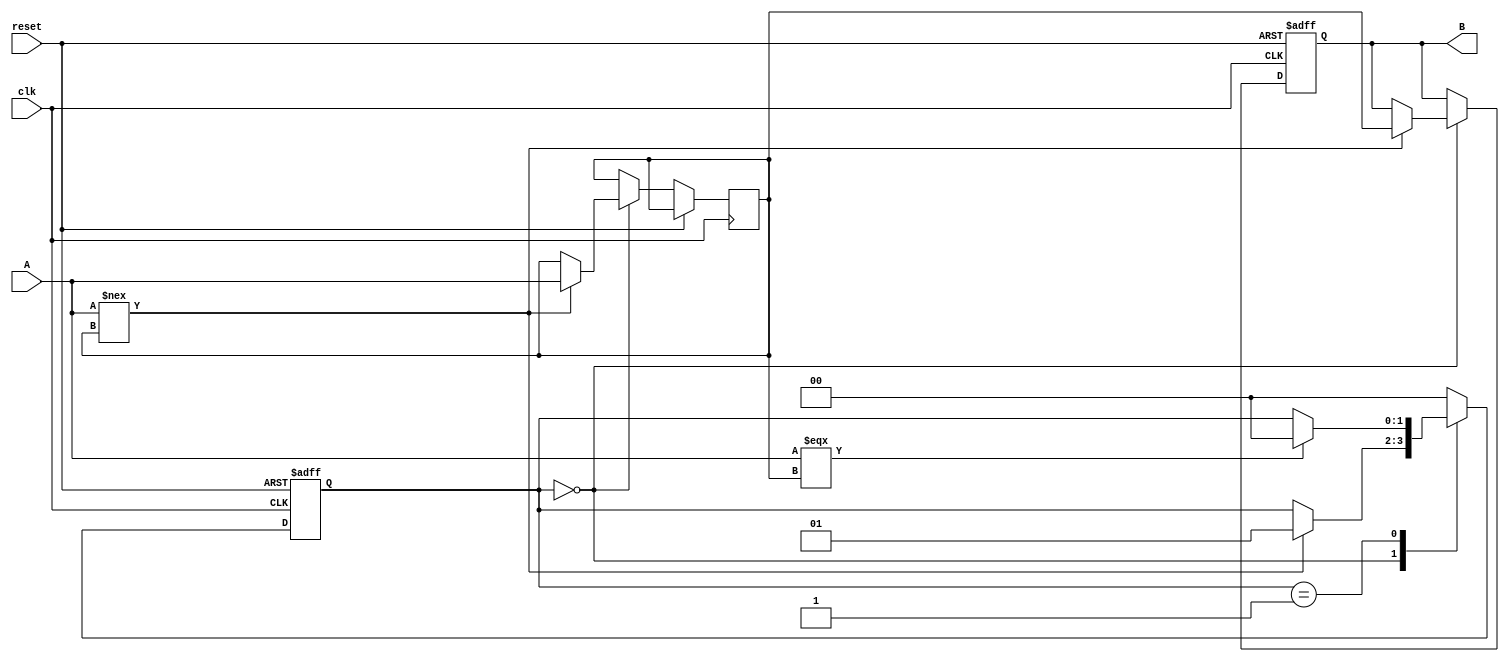
module Delay #(
    parameter DELAY_TIME = 10 // Default delay time in nanoseconds
)(
    input wire clk,            // Clock input
    input wire reset,          // Reset input
    input wire A,              // Input signal
    output reg B               // Output signal
);

    reg [1:0] state;           // State variable to hold the current state
    reg A_prev;                // Previous state of A

    // State encoding
    localparam IDLE = 2'b00,
               WAIT = 2'b01;

    // Process Block
    always @(posedge clk or posedge reset) begin
        if (reset) begin
            B <= 1'b0;          // Reset output to 0
            state <= IDLE;     // Reset state to IDLE
        end else begin
            case (state)
                IDLE: begin
                    if (A !== A_prev) begin  // Detect change in A
                        A_prev <= A;         // Capture the current value of A
                        state <= WAIT;      // Move to WAIT state
                        // Start a delay by scheduling a future event
                        #DELAY_TIME B <= A_prev; // Update B after DELAY_TIME
                    end
                end
                
                WAIT: begin
                    // Stay in WAIT state until delay completes
                    // Output update occurs in the timing control above
                    if (A === A_prev) begin
                        state <= IDLE;   // Go back to IDLE if no change in A
                    end
                end

                default: state <= IDLE; // Default to idle state in case of undefined state
            endcase
        end
    end

    // Initial state of A_prev
    initial begin
        A_prev = 1'b0; // Initialize the previous input to a known state
        B = 1'b0;      // Initialize the output to a known state
    end

endmodule